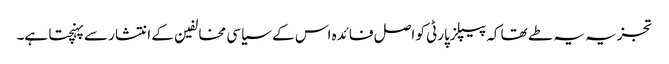
تجزیہ یہ طے تھا کہ پیپلزپارٹی کو اصل فائدہ اس کے سیاسی مخالفین کے انتشار سے پہنچتا ہے۔